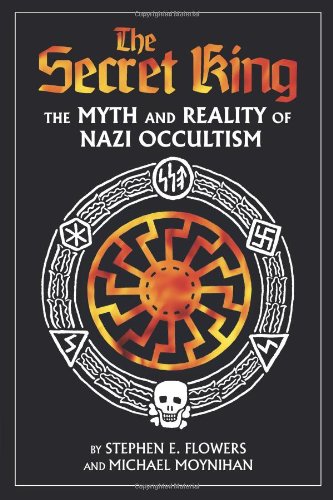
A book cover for The Secret King: The Myth and Reality of Nazi Occultism; Michael Moynihan; Religion & Spirituality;